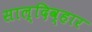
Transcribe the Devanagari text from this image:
साल्दिव्हार